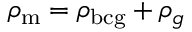
\rho _ { \mathrm { m } } = \rho _ { \mathrm { b c g } } + \rho _ { g }